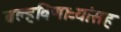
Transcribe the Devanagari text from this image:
वल्हविणाऱ्यांसह